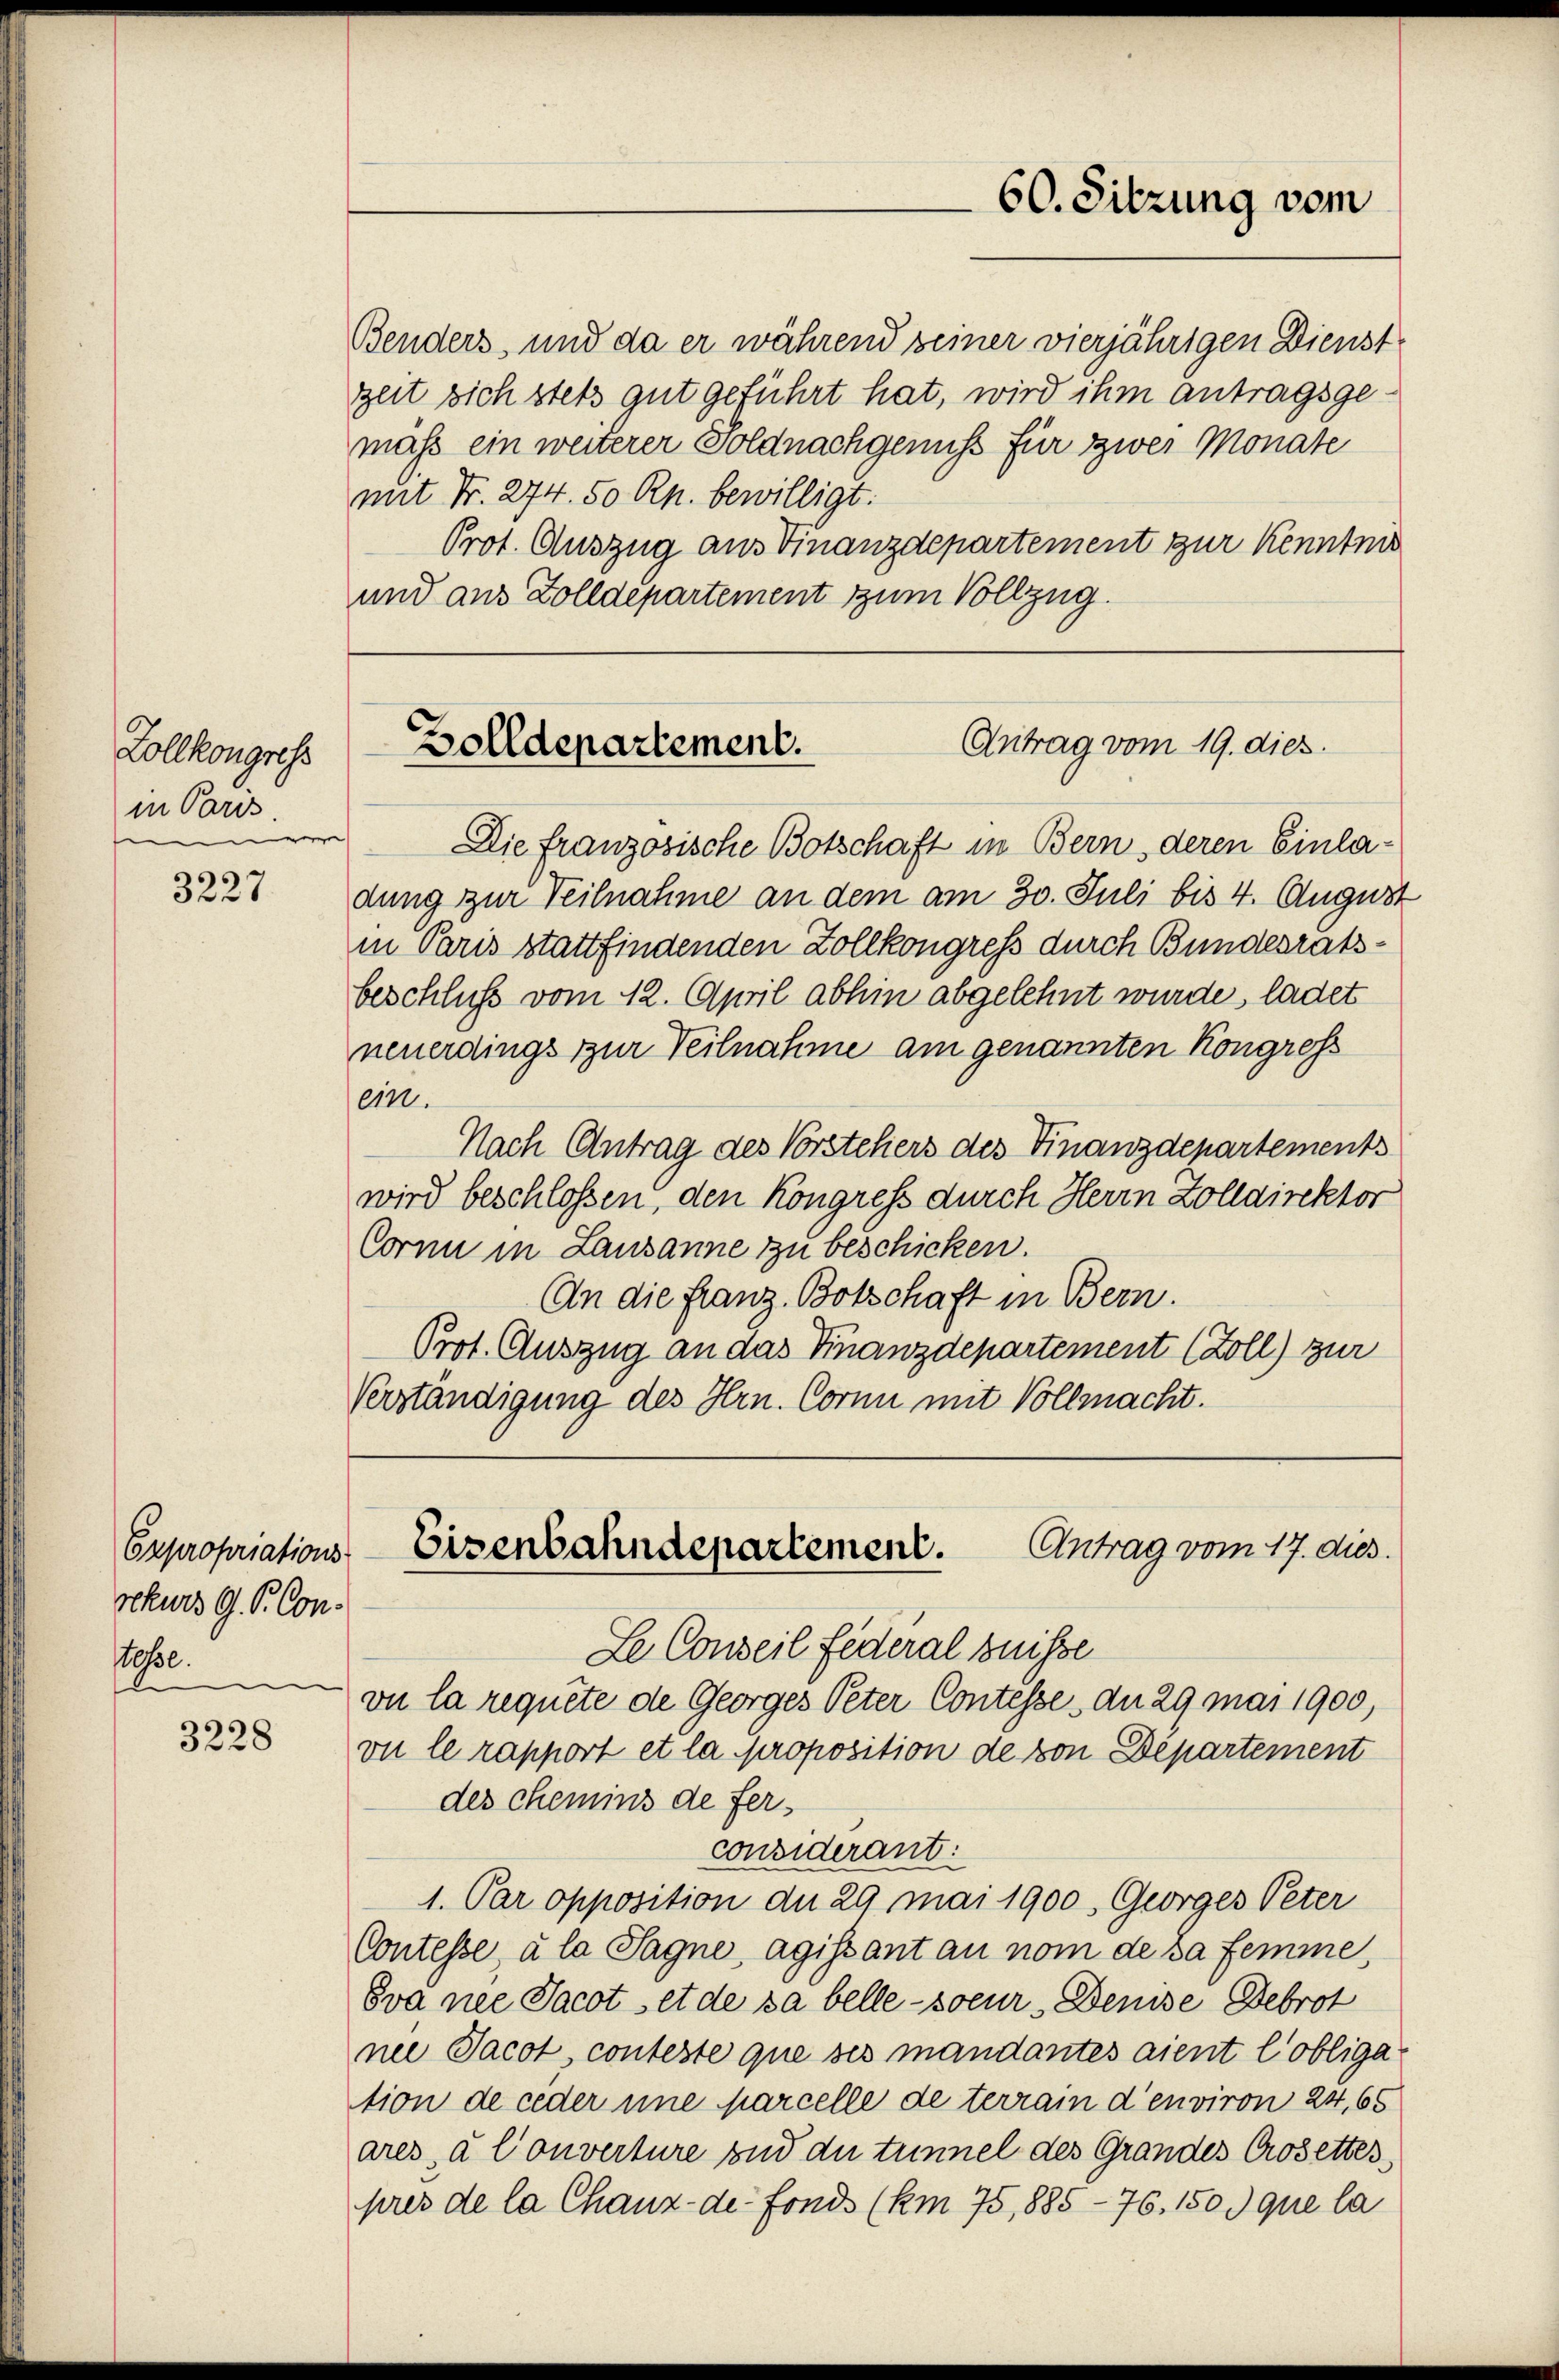
Lollkongress
in Paris.
e

3227

Expropriations-
rekurs G. P. Contesse.

3228

zeit sich stets gut geführt hat, wird ihm antragsgemaß ein weiterer Soldnachgenuss für zwei Monate
mit Fr. 274. 50 Rp. bewilligt.
Prot. Auszug aus Finanzdepartement zur Kenntnis
und aus Zolldepartement zum Vollzug.

60. Sitzung vom

Antrag vom 19. dies
Zolldepartement.

Benders, und da er während seiner vierjährigen Dienst

Die französische Botschaft in Bern, deren Einla-
dung zur Teilnahme an dem am 30. Juli bis 4. August
in Paris stattfindenden Zollkongress durch Bundesratsbeschluß vom 12. April abhin abgelehnt wurde, ladet
neuerdings zur Teilnahme am genannten Kongross
ein.
Nach Antrag des Vorstehers des Finanzdepartements
wird beschlossen, den Kongress durch Herrn Zolldirektor
Corni in Lausanne zu beschicken.
An die Franz Botschaft in Bern.
Prot. Auszug an das Finanzdepartement (Zoll) zur
Verständigung des Hrn. Corni mit Vollmacht.

Antrag vom 17. dies.
Eisenbahndepartement.

Le Conseil Federal Suisse
vu la requite de Georges Peter Contesse an 29 mai 1900
vu le rapport et la proposition de von Departement
des chemins de ferconsiderant:
1. Par opposition du 29 mai 1900, Georges Peter
Contesse, à la Sagne, agissant au nom de sa femme,
Eva nee Jacot et de sa belle - soeur, Denise Debrot
nee Jacot, conteste que ses mandantes aient l’obligation de ceder une parcelle de terrain d’environ 24, 65
ares à Converture und du trennel des Grandes Crosettes
pres de la Chaux-de-Fonds (km 75, 885-76. 1509 que la